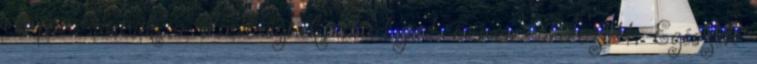
csupán, annak a dicsőségnek, amelyért ő már áldozott. Egészen